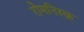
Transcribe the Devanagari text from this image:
रोमनिस्क़